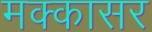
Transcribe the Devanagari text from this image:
मक्कासर